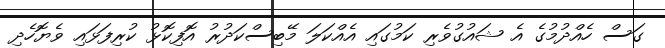
ގަސް ހެއްދުމުގެ އެ ޝައުގުވެރި ކަމުގައި އެއްކަލަ މޭބިސްކަދުރު އޮފިކޮޅު ކުރިފަޅައި ވެޔޮހެދި